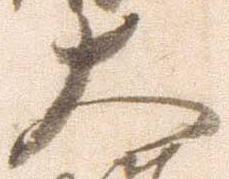
大